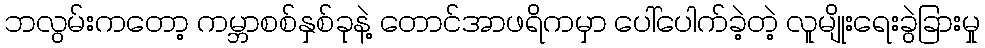
ဘလွမ်းကတော့ ကမ္ဘာစစ်နှစ်ခုနဲ့ တောင်အာဖရိကမှာ ပေါ်ပေါက်ခဲ့တဲ့ လူမျိုးရေးခွဲခြားမှု